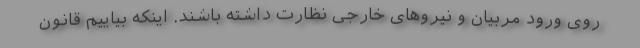
روی ورود مربیان و نیروهای خارجی نظارت داشته باشند. اینکه بیاییم قانون